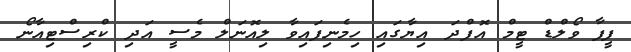
ފީފާ ވޯލްޑް ޓީމް އޮފްދަ އިޔާގައި ހިމެނިފައިވާ ލިއޮނަލް މެސީ އަދި ކްރިސްޓިއާނޯ